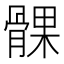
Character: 髁